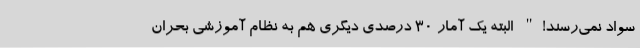
سواد نمی‌رسند!" البته یک آمار ۳۰ درصدی دیگری هم به نظام آموزشی بحران